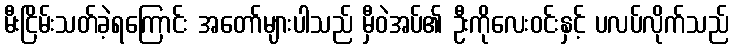
မီးငြိမ်းသတ်ခဲ့ရကြောင်း အတော်များပါသည် မှီဝဲအပ်၏ ဦးကိုလေးဝင်းနှင့် ပလပ်လိုက်သည်